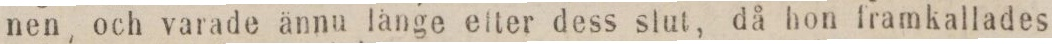
nen, och varade ännu länge efter dess slut, då hon framkallades